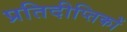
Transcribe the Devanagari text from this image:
प्रतिदीप्तिकों